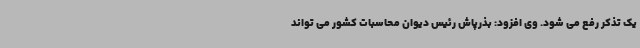
یک تذکر رفع می شود. وی افزود: بذرپاش رئیس دیوان محاسبات کشور می تواند